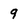
Character: 9